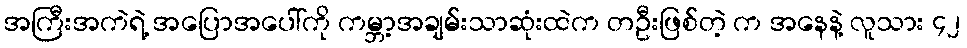
အကြီးအကဲရဲ့ အပြောအပေါ်ကို ကမ္ဘာ့အချမ်းသာဆုံးထဲက တဦးဖြစ်တဲ့ က အနေနဲ့ လူသား ၄၂